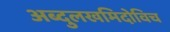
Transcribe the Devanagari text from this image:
अब्दुलखमिदोविच